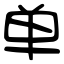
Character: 单